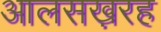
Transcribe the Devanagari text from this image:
आलसख़रह